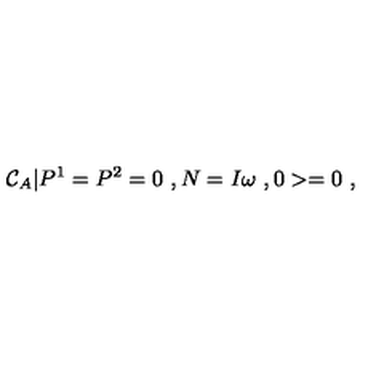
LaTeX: { \cal C } _ { A } | P ^ { 1 } = P ^ { 2 } = 0 \ , N = I \omega \ , 0 > = 0 \ ,